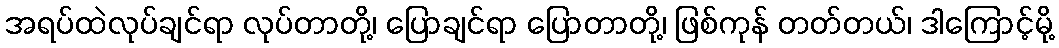
အရပ်ထဲလုပ်ချင်ရာ လုပ်တာတို့၊ ပြောချင်ရာ ပြောတာတို့၊ ဖြစ်ကုန် တတ်တယ်၊ ဒါကြောင့်မို့